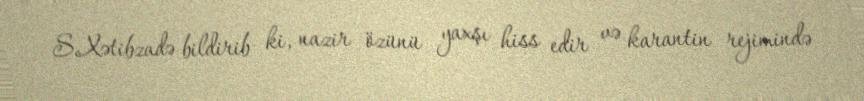
S.Xətibzadə bildirib ki, nazir özünü yaxşı hiss edir və karantin rejimində